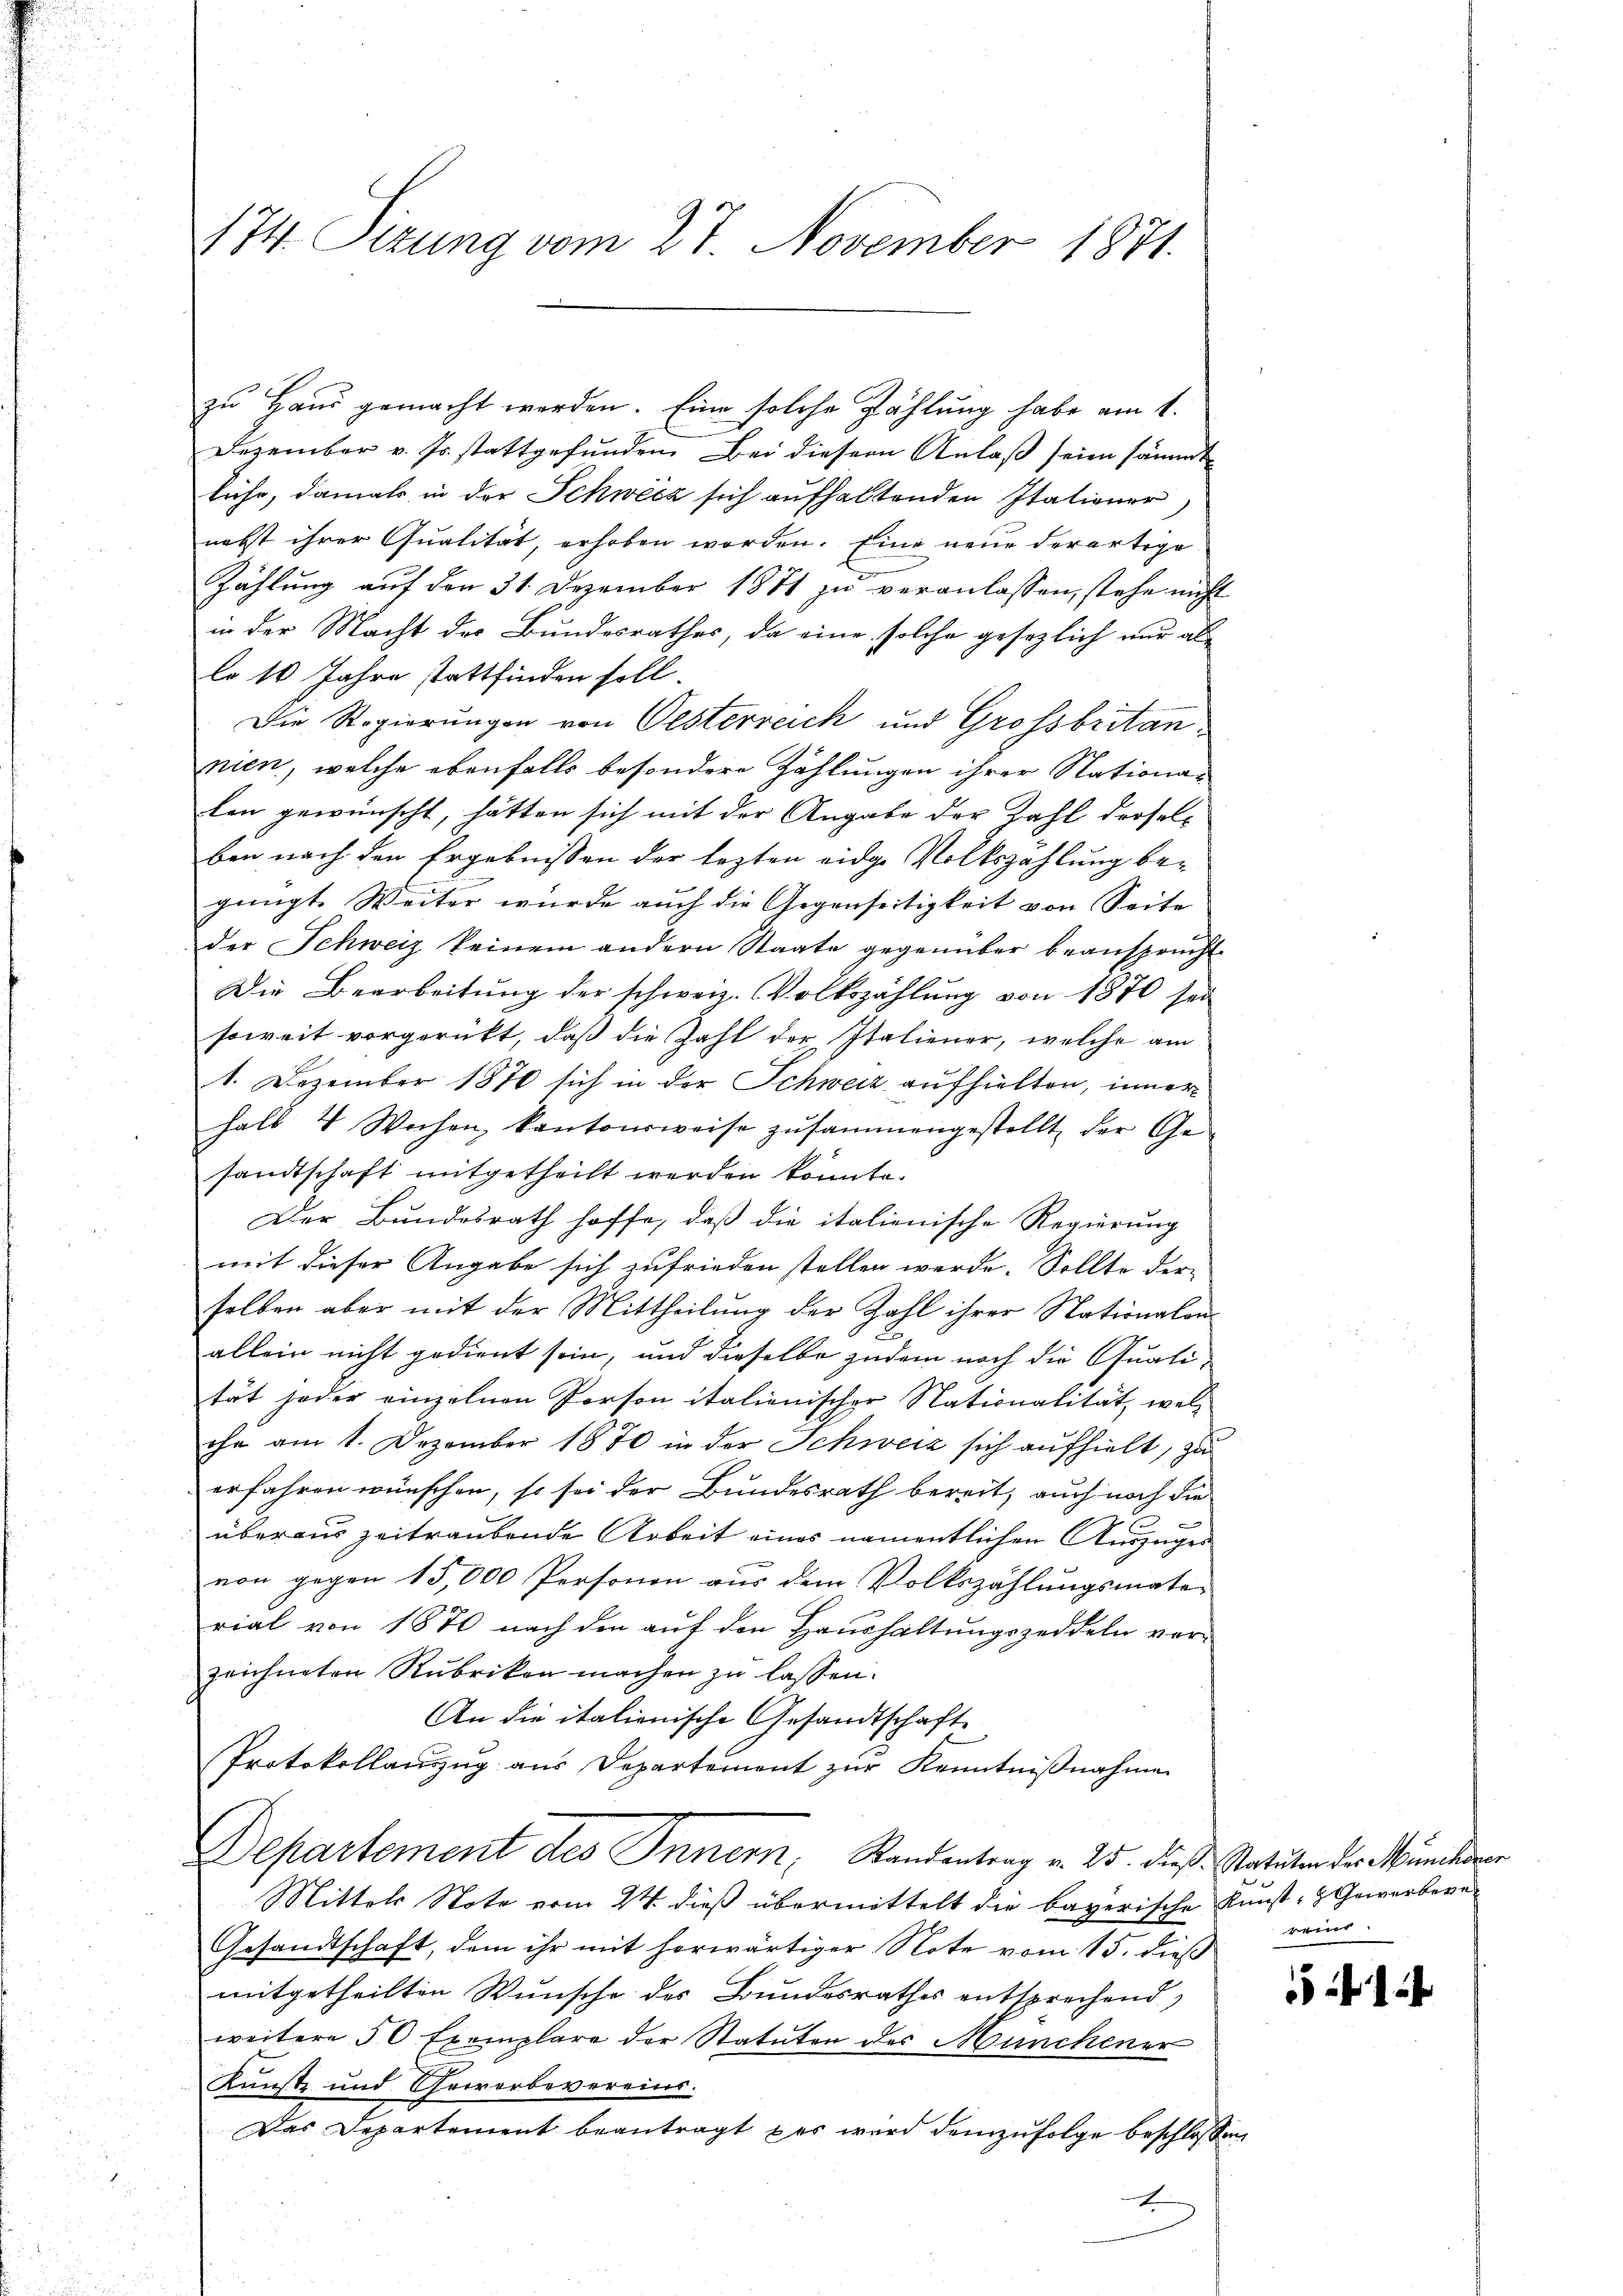
174. Sizung vom 27. November 1871.

zu Haus gemacht werden. Eine solche Zählung habe am 1.
Dezember v. Js. stattgefunden. Bei diesem Anlaß seien sämmt
fuhr, damals in der Schweiz sich aufhaltenden Italiener.
nebst ihrer Qualität, erhoben worden. Eine neue derartige
Zählung auf den 31. Dezember 1871 zu veranlassen, stehe nicht
in der Macht des Bundesrathes, da eine solche gesezlich nur allo 10 Jahre stattfinden soll.
Die Regierungen von Oesterreich und Grossbritan
nien, welche ebenfalls besondere Zählungen ihrer Stationalen gewünscht, hätten sich mit der Angabe der Zahl drosel
ben nach den Ergebnissen der lezten eidge Volkszahlung begüngt. Weiter wurde auch die Gegenseitigkeit von Seite
der Schweiz keinem andern Staate gegenüber beansprücht
Die Bearbeitung der schweiz. Volkszählung von 1870 sei
soweit vorgerückt, daß die Zahl der Italiener, welche am
1. Dezember 1870 sich in der Schweiz aufhielten, inner
halb 4 Wochen, kantonsweise zusammengestellt der Gesandtschaft mitgetheilt werden könnte.
Der Bundesrath hoffe, daß die italienische Regierung
mit dieser Angabe sich zufrieden stellen werde. Sollte der-
selben aber mit der Mittheilung der Zahl ihrer Nationalen
allein nicht gedient sein, und dieselbe zudem noch die Qualität jeder einzelnen Person italienischer Nationalität, welohn am 1. Dezember 1880 in der Schweiz sich aufhielt, zu
erfahren wünschen, so sei der Bundesrath bereit, auch noch die
überaus zeitraubende Arbeit eines namentlichen Auszügen
von gegen 15,000 Personen aus dem Volkszählungsmate-
rial von 1870 nach den auf den Haushaltungszeddeln ver-
zeichneten Rubriken machen zu lassen.
An die italienische Gesandtschaft
Protokollanzzug aus Departement zur Kenntnißnahme
Departement des Innern, Standentrag v. 25. dieß. Statuten der Müncherer
Mittels Note vom 24. dieß übermittelt die bayerische Kunst- & Gewerbere
Gesandtschaft, dem ihr mit herwärtiger Note vom 15. dieß
mitgetheilten Wunsche des Bundesrathes entsprechend)
weitere 50 Exemplare der Statuten des Münchener
Kunst und Gewerbevereins.
Das Departement beantragt, das wird demzufolge beschloß
I

s

c

1